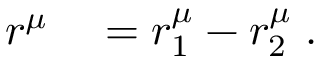
\begin{array} { r l } { r ^ { \mu } } & { { } = r _ { 1 } ^ { \mu } - r _ { 2 } ^ { \mu } \; . } \end{array}